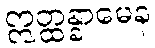
ဣတ္ထန္နာမေန